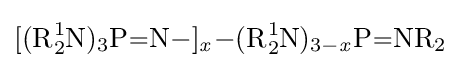
{\ce {[(R_{2}^{1}N)_{3}P=N-]_{\mathit {x}}-(R_{2}^{1}N)_{3\!-{\mathit {x}}}P=NR2}}